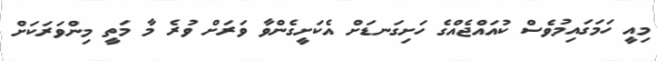
މިއީ ހަމަގައިމުވެސް ކުއައްޖެއްގެ ހަށިގަނޑަށް އެކަށީގެންވާ ވަރަށް ވުރެ މާ މަތީ މިންވަރަކަށް